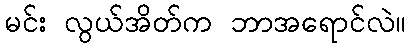
မင်း လွယ်အိတ်က ဘာအရောင်လဲ။